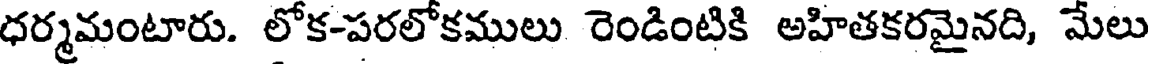
ధర్మమంటారు. లోక-పరలోకములు రెండింటికి అహితకరమైనది, మేలు